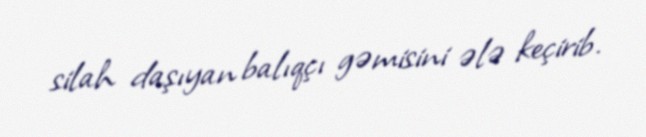
silah daşıyan balıqçı gəmisini ələ keçirib.